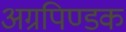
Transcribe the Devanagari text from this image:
अग्रपिण्डक